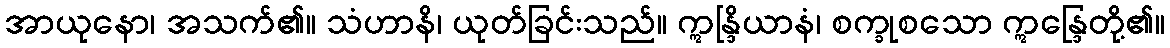
အာယုနော၊ အသက်၏။ သံဟာနိ၊ ယုတ်ခြင်းသည်။ ဣန္ဒြိယာနံ၊ စက္ခုစသော ဣန္ဒြေတို့၏။